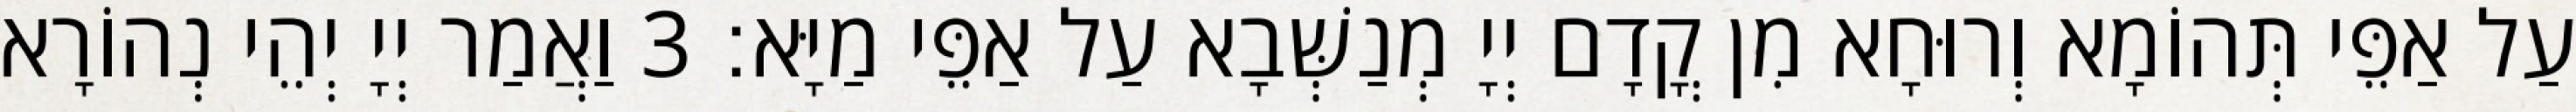
עַל אַפֵּי תְּהוֹמָא וְרוּחָא מִן קֳדָם יְיָ מְנַשְּׁבָא עַל אַפֵּי מַיָּא׃ 3 וַאֲמַר יְיָ יְהֵי נְהוֹרָא